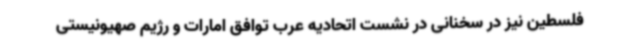
فلسطین نیز در سخنانی در نشست اتحادیه عرب توافق امارات و رژیم صهیونیستی